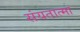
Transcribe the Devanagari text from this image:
संयतात्मा